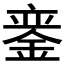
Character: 𫒣